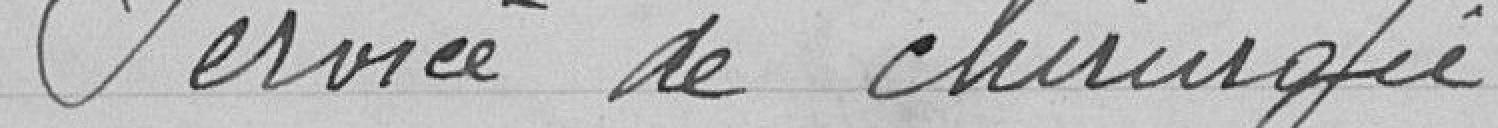
Service de chirurgie